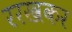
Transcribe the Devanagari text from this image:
ररखकर